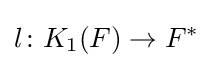
l\colon K_{1}(F)\to F^{*}